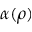
\alpha ( \rho )